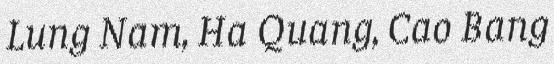
Lung Nam, Ha Quang, Cao Bang